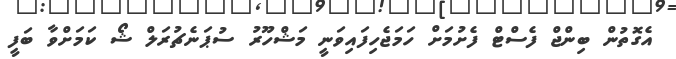
އެގޮތުން ބިންޖް ފެސްޓް ފެށުމަށް ހަމަޖެހިފައިވަނީ މަޝްހޫރު ސުޕަނެޗުރަލް ޝޯ ކަމަށްވާ ބަފީ